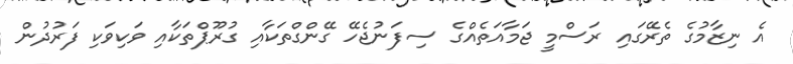
އެ ނިޒާމުގެ ތެރޭގައި ރަސްމީ ޖަމާއަތެއްގެ ސިފަނުޖެހޭ ގޭންގްތަކާއި ގުރޫޕްތަކާއި ވަކިވަކި ފަރުދުން